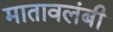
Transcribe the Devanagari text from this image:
मातावलंबी